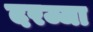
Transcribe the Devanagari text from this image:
दरज्जा